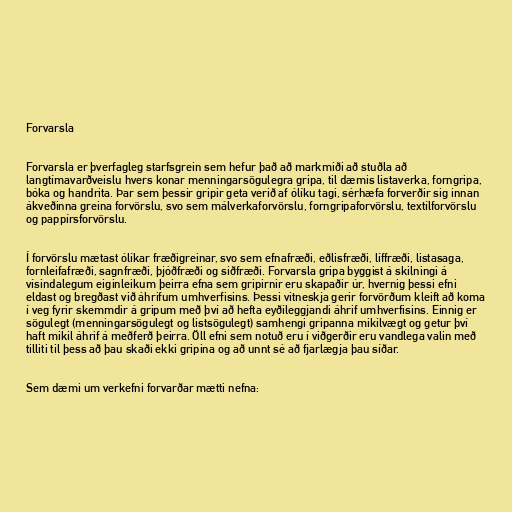
Forvarsla

Forvarsla er þverfagleg starfsgrein sem hefur það að markmiði að stuðla að
langtímavarðveislu hvers konar menningarsögulegra gripa, til dæmis listaverka, forngripa,
bóka og handrita. Þar sem þessir gripir geta verið af ólíku tagi, sérhæfa forverðir sig innan
ákveðinna greina forvörslu, svo sem málverkaforvörslu, forngripaforvörslu, textílforvörslu
og pappírsforvörslu.

Í forvörslu mætast ólíkar fræðigreinar, svo sem efnafræði, eðlisfræði, líffræði, listasaga,
fornleifafræði, sagnfræði, þjóðfræði og siðfræði. Forvarsla gripa byggist á skilningi á
vísindalegum eiginleikum þeirra efna sem gripirnir eru skapaðir úr, hvernig þessi efni
eldast og bregðast við áhrifum umhverfisins. Þessi vitneskja gerir forvörðum kleift að koma
í veg fyrir skemmdir á gripum með því að hefta eyðileggjandi áhrif umhverfisins. Einnig er
sögulegt (menningarsögulegt og listsögulegt) samhengi gripanna mikilvægt og getur því
haft mikil áhrif á meðferð þeirra. Öll efni sem notuð eru í viðgerðir eru vandlega valin með
tilliti til þess að þau skaði ekki gripina og að unnt sé að fjarlægja þau síðar.

Sem dæmi um verkefni forvarðar mætti nefna: